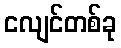
ငလျင်တစ်ခု